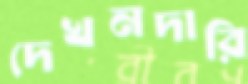
দেখনদারি